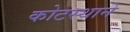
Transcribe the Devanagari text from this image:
कोटस्थाने